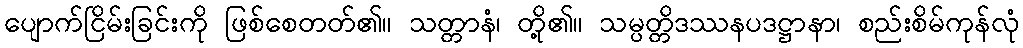
ပျောက်ငြိမ်းခြင်းကို ဖြစ်စေတတ်၏။ သတ္တာနံ၊ တို့၏။ သမ္ပတ္တိဒဿနပဒဋ္ဌာနာ၊ စည်းစိမ်ကုန်လုံ